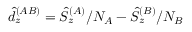
\hat { d } _ { z } ^ { ( A B ) } = \hat { S } _ { z } ^ { ( A ) } / N _ { A } - \hat { S } _ { z } ^ { ( B ) } / N _ { B }